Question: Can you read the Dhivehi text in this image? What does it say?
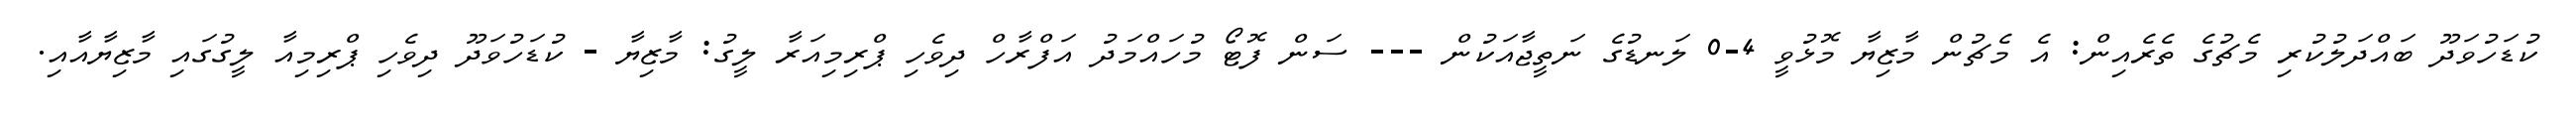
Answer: ކުޑަހުވަދޫ ބައްދަލުކުރި މެޗުގެ ތެރެއިން: އެ މެޗުން މާޒިޔާ މޮޅުވީ 4-0 ލަނޑުގެ ނަތީޖާއަކުން --- ސަން ފޮޓޯ މުހައްމަދު އަފްރާހް ދިވެހި ޕްރިމިއަރާ ލީގު: މާޒިޔާ - ކުޑަހުވަދޫ ދިވެހި ޕްރިމިއާ ލީގުގައި މާޒިޔާއާއި.